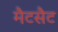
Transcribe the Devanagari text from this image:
मैटसैट